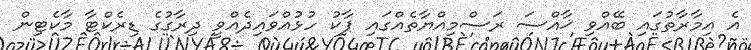
އެ އިމާރާތުގައި ބޭއްވި ޚާއްސަ ރަސްމިއްޔާތެއްގައި ޕާކު ހުޅުއްވައިދެއްވީ ދިރާގުގެ ޑިރެކްޓާ މާކެޓިން